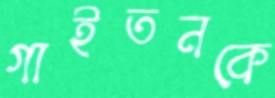
গাইতনকে